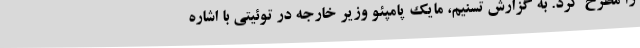
را مطرح کرد. به گزارش تسنیم، مایک پامپئو وزیر خارجه در توئیتی با اشاره